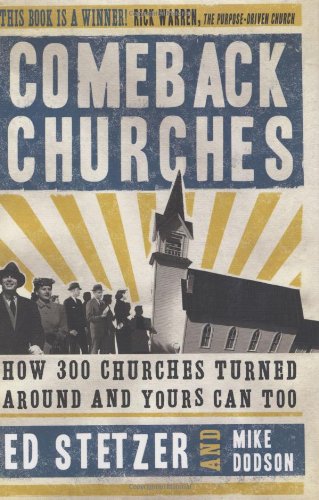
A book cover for Comeback Churches: How 300 Churches Turned Around and Yours Can, Too; Ed Stetzer; Christian Books & Bibles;